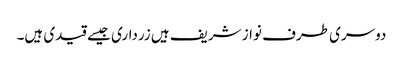
دوسری طرف نواز شریف ہیں زرداری جیسے قیدی ہیں۔